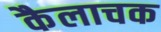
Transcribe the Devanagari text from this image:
कैलाचक